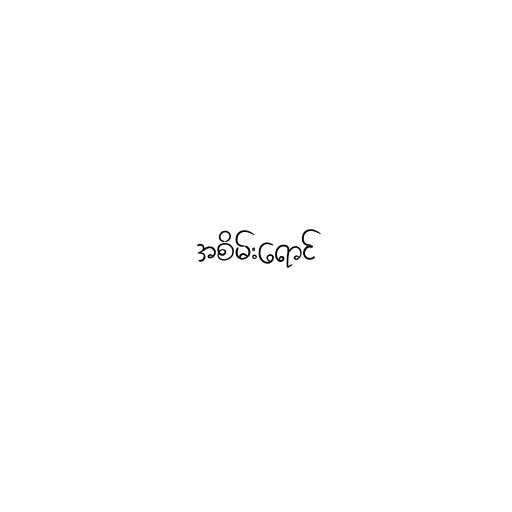
အစိမ်းရောင်